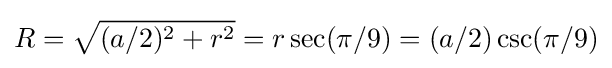
R={\sqrt {(a/2)^{2}+r^{2}}}=r\sec(\pi /9)=(a/2)\csc(\pi /9)